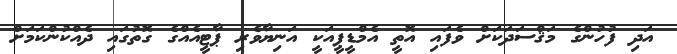
އަދި ފުހުންގެ މަޤްސަދަކަށް ވެފައި އޮތީ އެމްޑީޕީއަކީ އަނިޔާވެރި ޕާޓީއެއްގެ ގޮތުގައި ދެއްކުންކަމަށް